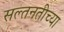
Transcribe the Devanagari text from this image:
सल्तनतीच्या